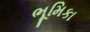
ભૂમિકા